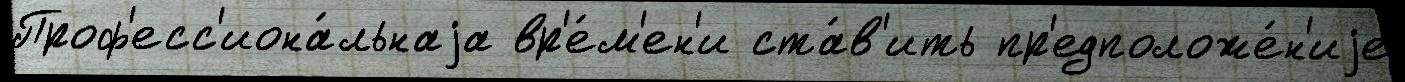
Проф'есс'иона́льнаjа вр'е́м'ен'и ста́в'ить пр'едположе́н'иjе